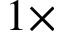
1 \times